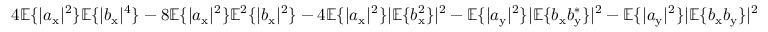
4 \mathbb { E } \{ | a _ { \mathrm { x } } | ^ { 2 } \} \mathbb { E } \{ | b _ { \mathrm { x } } | ^ { 4 } \} - 8 \mathbb { E } \{ | a _ { \mathrm { x } } | ^ { 2 } \} \mathbb { E } ^ { 2 } \{ | b _ { \mathrm { x } } | ^ { 2 } \} - 4 \mathbb { E } \{ | a _ { \mathrm { x } } | ^ { 2 } \} | \mathbb { E } \{ b _ { \mathrm { x } } ^ { 2 } \} | ^ { 2 } - \mathbb { E } \{ | a _ { \mathrm { y } } | ^ { 2 } \} | \mathbb { E } \{ b _ { \mathrm { x } } b _ { \mathrm { y } } ^ { \ast } \} | ^ { 2 } - \mathbb { E } \{ | a _ { \mathrm { y } } | ^ { 2 } \} | \mathbb { E } \{ b _ { \mathrm { x } } b _ { \mathrm { y } } \} | ^ { 2 }